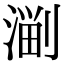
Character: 𣺤